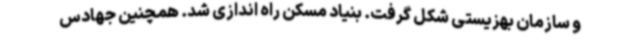
و سازمان بهزیستی شکل گرفت. بنیاد مسکن راه اندازی شد. همچنین جهادس